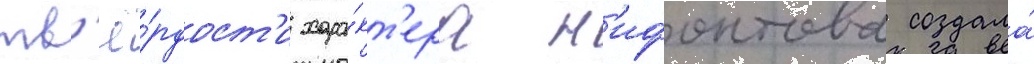
тв'ё́рдост'и хара́кт'ера н'ифонтова создала́